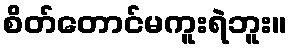
စိတ်တောင်မကူးရဲဘူး။